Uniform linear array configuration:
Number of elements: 4
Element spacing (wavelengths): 0.5
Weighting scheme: hann
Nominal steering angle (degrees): -45
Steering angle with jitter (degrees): -46.479
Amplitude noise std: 0.05
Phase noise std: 0.05

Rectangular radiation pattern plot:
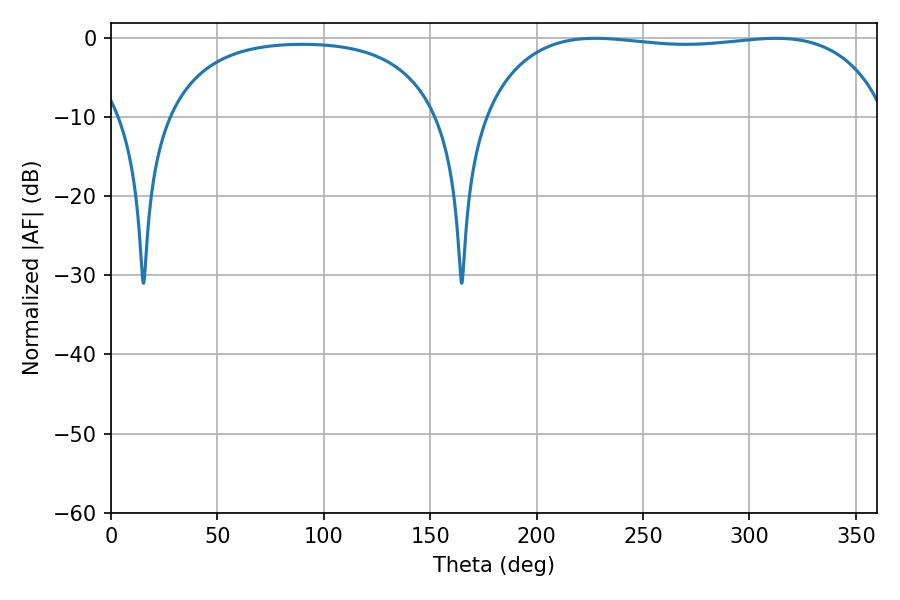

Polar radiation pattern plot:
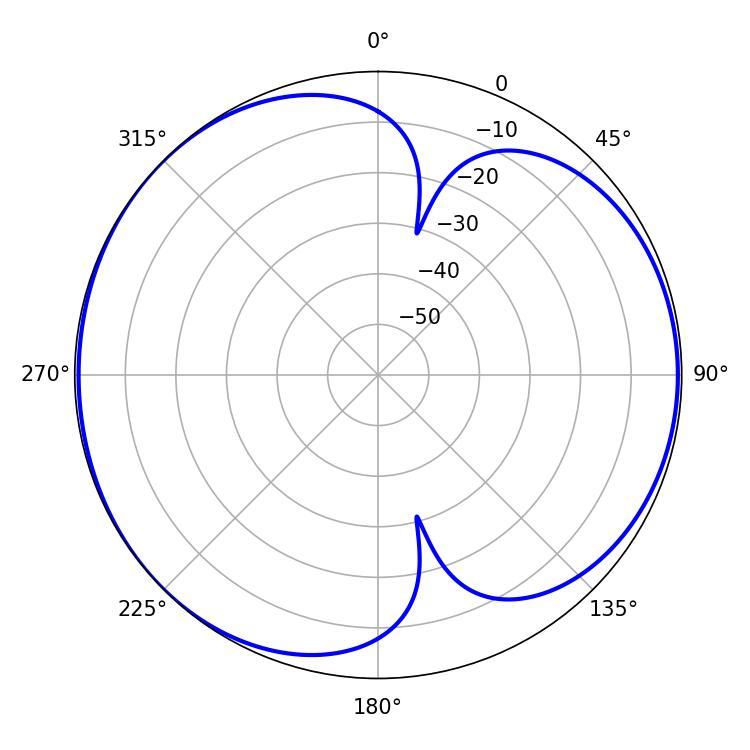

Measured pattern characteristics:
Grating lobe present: FALSE
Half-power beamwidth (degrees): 152.28
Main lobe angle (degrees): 227.52